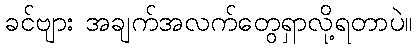
ခင်ဗျား အချက်အလက်တွေရှာလို့ရတာပဲ။